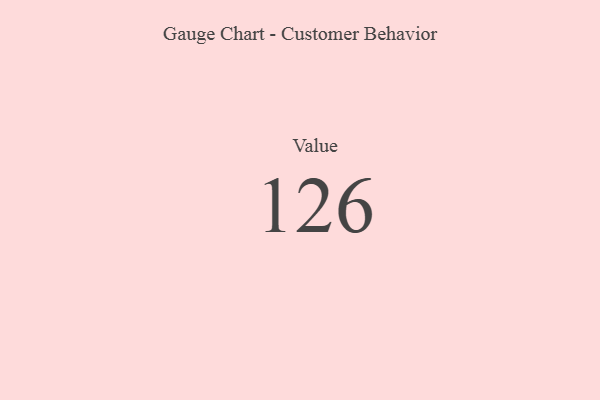
{"axis": {"x": "Metric", "y": "Value"}, "legend": [""], "data": [{"x": "Value", "y": 126, "type": ""}]}